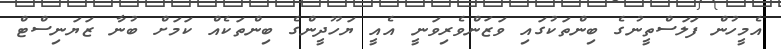
އެމީހުން ފަލަސްތީނުގެ ބިންތަކުގައި ވަޒަންވެރިވަނީ އެއީ ޔަހޫދީންގެ ބިންތަކެއް ކަމަށް ބުނާ ޒަޔަނިސްޓް